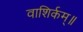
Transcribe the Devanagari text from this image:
वाशिर्कम्॥